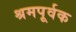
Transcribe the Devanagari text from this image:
श्रमपूर्वक